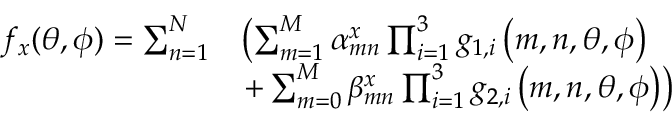
\begin{array} { r l } { f _ { x } ( \theta , \phi ) = \sum _ { n = 1 } ^ { N } } & { \left( \sum _ { m = 1 } ^ { M } \alpha _ { m n } ^ { x } \prod _ { i = 1 } ^ { 3 } { g _ { 1 , i } } \left( m , n , \theta , \phi \right) \right. } \\ & { \left. + \sum _ { m = 0 } ^ { M } \beta _ { m n } ^ { x } \prod _ { i = 1 } ^ { 3 } { g _ { 2 , i } } \left( m , n , \theta , \phi \right) \right) } \end{array}